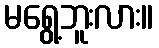
မရွေ့ဘူးလား။